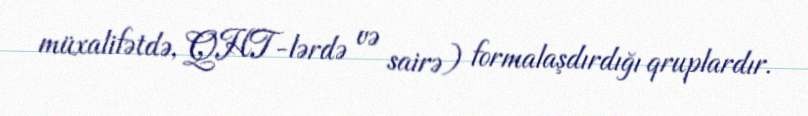
müxalifətdə, QHT-lərdə və sairə) formalaşdırdığı qruplardır.